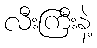
လီးကြီးနဲ့